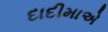
દાદીમાએ